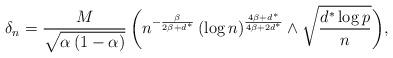
LaTeX: \begin{align*}\delta_n=\frac{M}{\sqrt{\alpha\,(1-\alpha)}}\,\bigg( n^{-\frac{\beta}{2\beta + d^\ast}} \, (\log n)^{\frac{4\beta +d^\ast}{4\beta +2 d^\ast}} \wedge \sqrt{\frac{d^\ast \log p}{n}}\bigg),\end{align*}